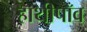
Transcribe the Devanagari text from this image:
हाथीपाँव